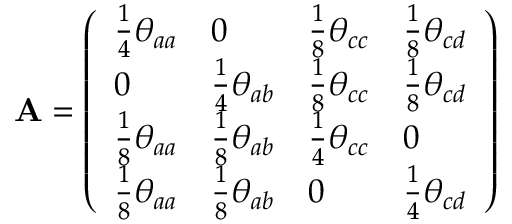
\mathbf { A } = \left( \begin{array} { l l l l } { \frac { 1 } { 4 } \theta _ { a a } } & { 0 } & { \frac { 1 } { 8 } \theta _ { c c } } & { \frac { 1 } { 8 } \theta _ { c d } } \\ { 0 } & { \frac { 1 } { 4 } \theta _ { a b } } & { \frac { 1 } { 8 } \theta _ { c c } } & { \frac { 1 } { 8 } \theta _ { c d } } \\ { \frac { 1 } { 8 } \theta _ { a a } } & { \frac { 1 } { 8 } \theta _ { a b } } & { \frac { 1 } { 4 } \theta _ { c c } } & { 0 } \\ { \frac { 1 } { 8 } \theta _ { a a } } & { \frac { 1 } { 8 } \theta _ { a b } } & { 0 } & { \frac { 1 } { 4 } \theta _ { c d } } \end{array} \right)